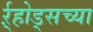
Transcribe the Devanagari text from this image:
र्ऱ्होड्सच्या